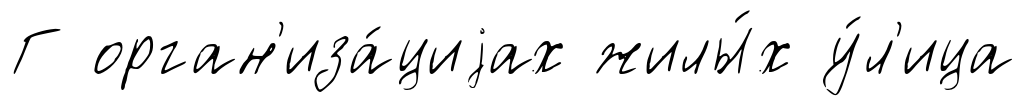
Г орган'иза́циjах жилы́х у́л'ица